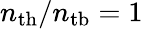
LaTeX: n_{\mathrm{th}}/n_{\mathrm{tb}}=1